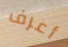
أعرف